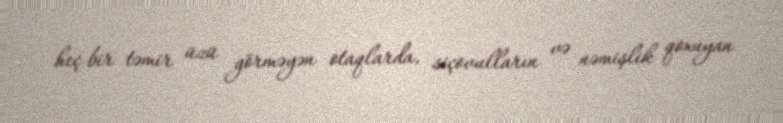
heç bir təmir üzü görməyən otaqlarda, siçovulların və nəmişlik qoxuyan